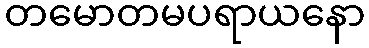
တမောတမပရာယနော